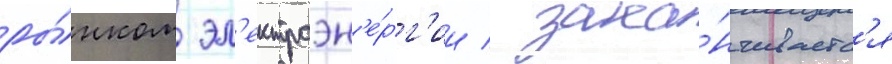
ры́нком эл'ектроэн'е́рг'ии / зака́нчиваетс'я